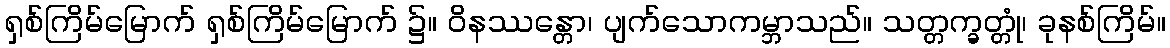
ရှစ်ကြိမ်မြောက် ရှစ်ကြိမ်မြောက် ၌။ ဝိနဿန္တော၊ ပျက်သောကမ္ဘာသည်။ သတ္တက္ခတ္တုံ၊ ခုနစ်ကြိမ်။